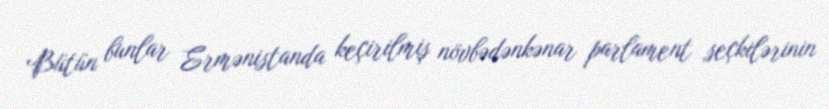
Bütün bunlar Ermənistanda keçirilmiş növbədənkənar parlament seçkilərinin